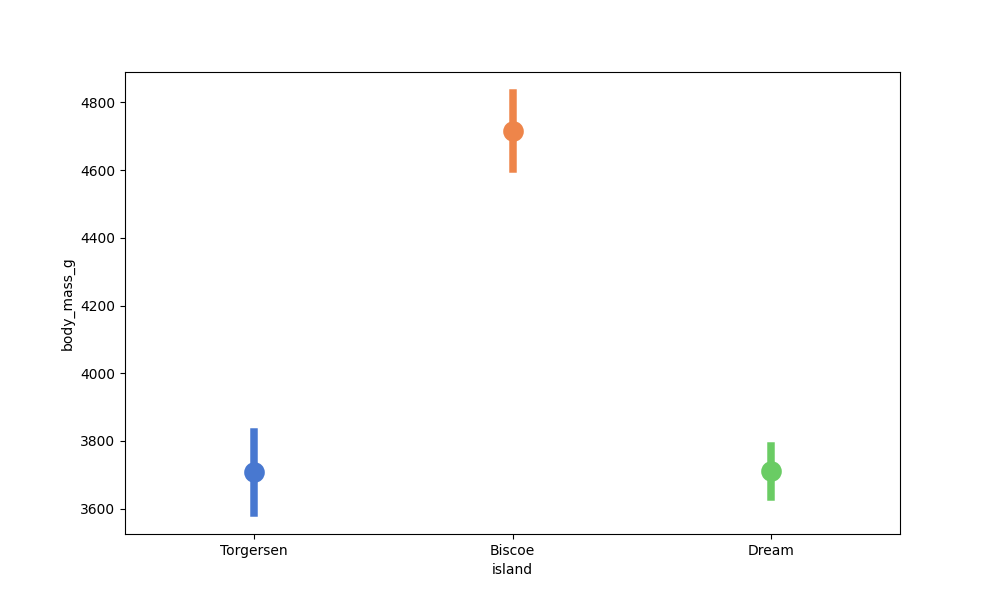
python, seaborn, pointplot, scale=2.0, join=True, hue='None', palette='muted'